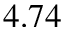
4 . 7 4